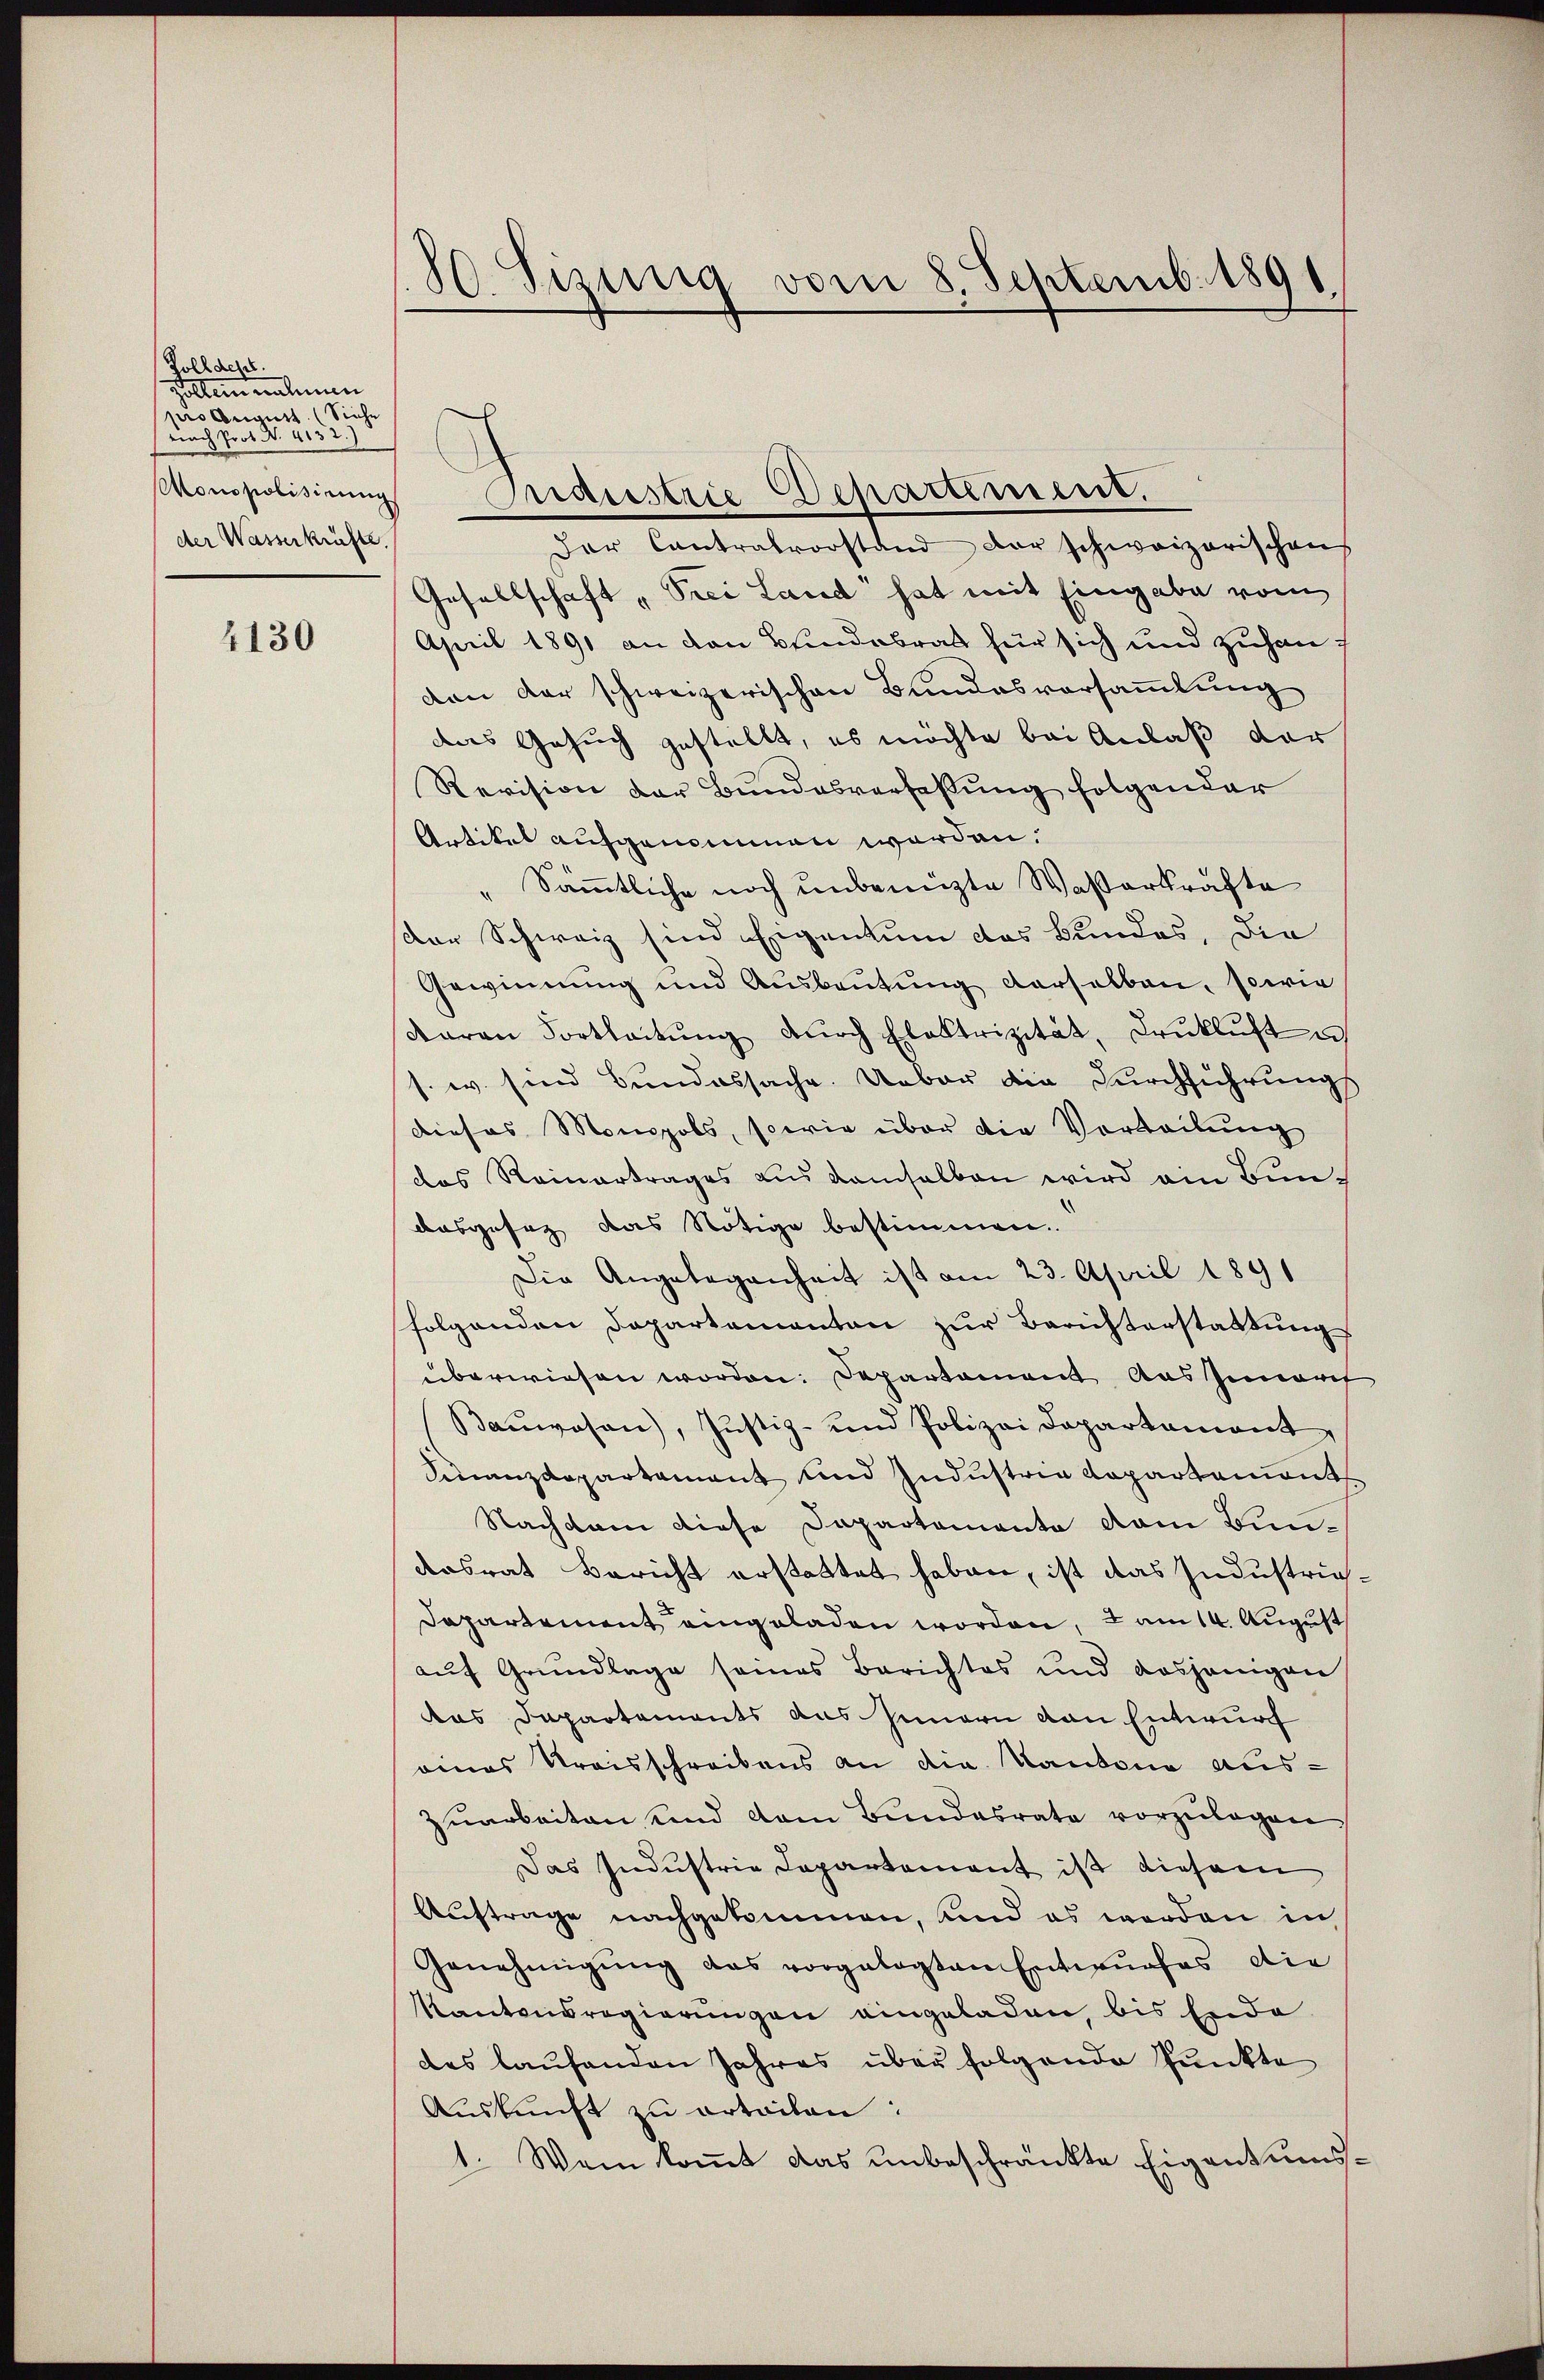
Soll dess.
zollen nehmen
pro August. (Siehe
niach Prot. N. 4132.
Monopolisierung
der Wasserkräfte.

4130

80. Sizung vom 8. Septemb. 1891

Der Contralvorstand der schweizerischen
Gesellschaft „Prei Land“ hat mit Eingabe vom
April 1891 an den Bundebrat für sich und zuhanden der schweizerischen Bundesversammlung
das Gesuch gestellt, es möchte bei Anlaß der
Revision der Bundesverfaßung folgender
Artikel aufgenommen worden.
Sämmtliche noch unbenuzte Waßerkräfte
der Schweiz sind Eigentum das Bundes, die
Gewinnung und Ausbeutung derselben, sowie
daran Fortleitŭng dŭrch Elektrizität, Trŭkluft un
s. w. sind Bundossache. Ueber die Durchführungs
dieses Monopols, sowie über die Vorteilung
das Reinertrages aus demselben wird ein Bunausgesag das Nötige bestimmen.
Die Angelegenheit ist am 23. April 1891
folgenden Departamanten zur Berichterstattung
überwiesen worden: Departament aus Iunarch
Baŭwesen), Justiz- und Polizei Departament
Finanzdepartamant und Industrie Kopartaments
Nachdem diese Departemente dem Bundesrat Bericht erstattet haben, ist das Industrie¬
Dapartement eingeladen worden, & am 14. August
auf Grundlage seines Berichtes und dasjenigen
das Departements aus Innern von Entwurf
eines Streisschreibens an die Kantone auszuarbeiten und dem Bundesrate vorzulagen.
Das Indŭstrie Departement ist diesem
Auftrage nachgekommen, und es worden in
Genehmigŭng das vorgelegten Entwŭrfes die
Kantonsregierungen eingeladen, bis Ende
das laufenden Jahres über folgende Punkte
Auskunft zu ertailen:
1. Wem kommt das unbeschränkte Eigentums¬

Industrie Departiment.